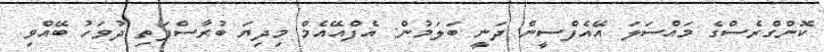
ކޮންގްރެސްގެ މައްސަލަ އޭއެފްސީން ދަނީ ބަލަމުން: އެފްއޭއެމް މިދިޔަ ބުރާސްފަތި ދުވަހު ބޭއްވި